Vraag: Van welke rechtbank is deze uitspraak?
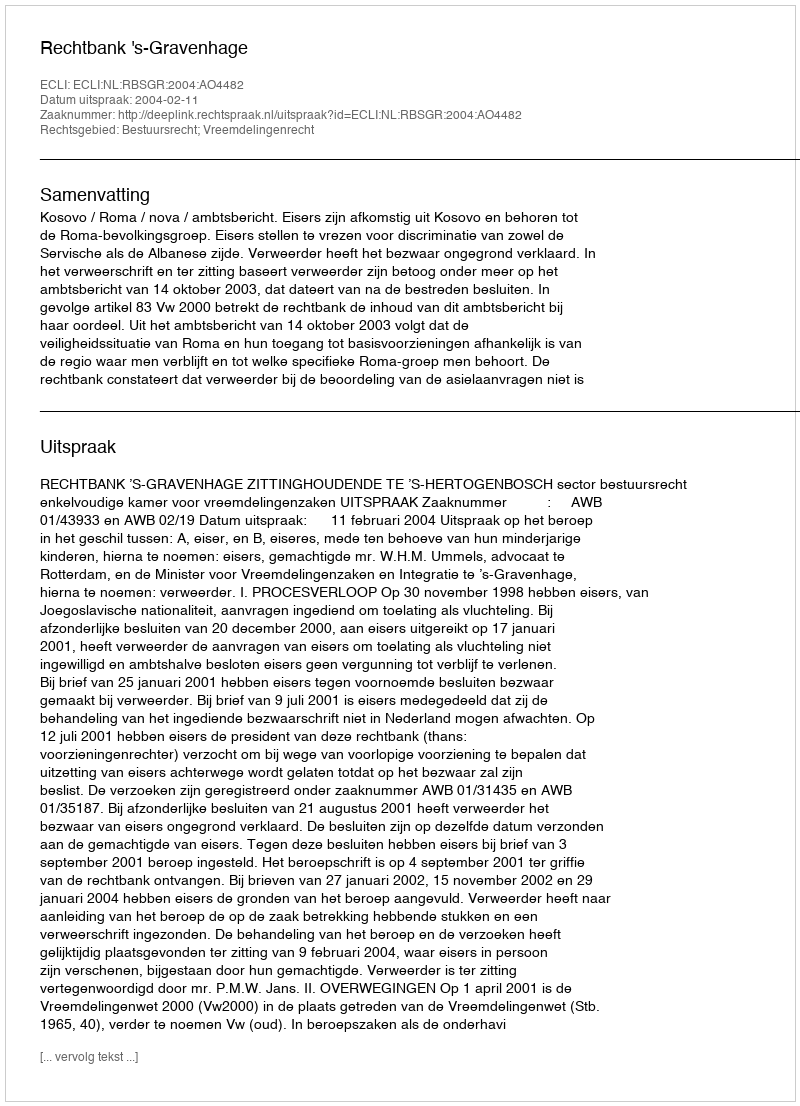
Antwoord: Rechtbank 's-Gravenhage